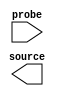

module debugger (
	source,
	probe);	

	output	[0:0]	source;
	input	[31:0]	probe;
endmodule